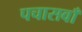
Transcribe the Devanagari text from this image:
पचासवाँ